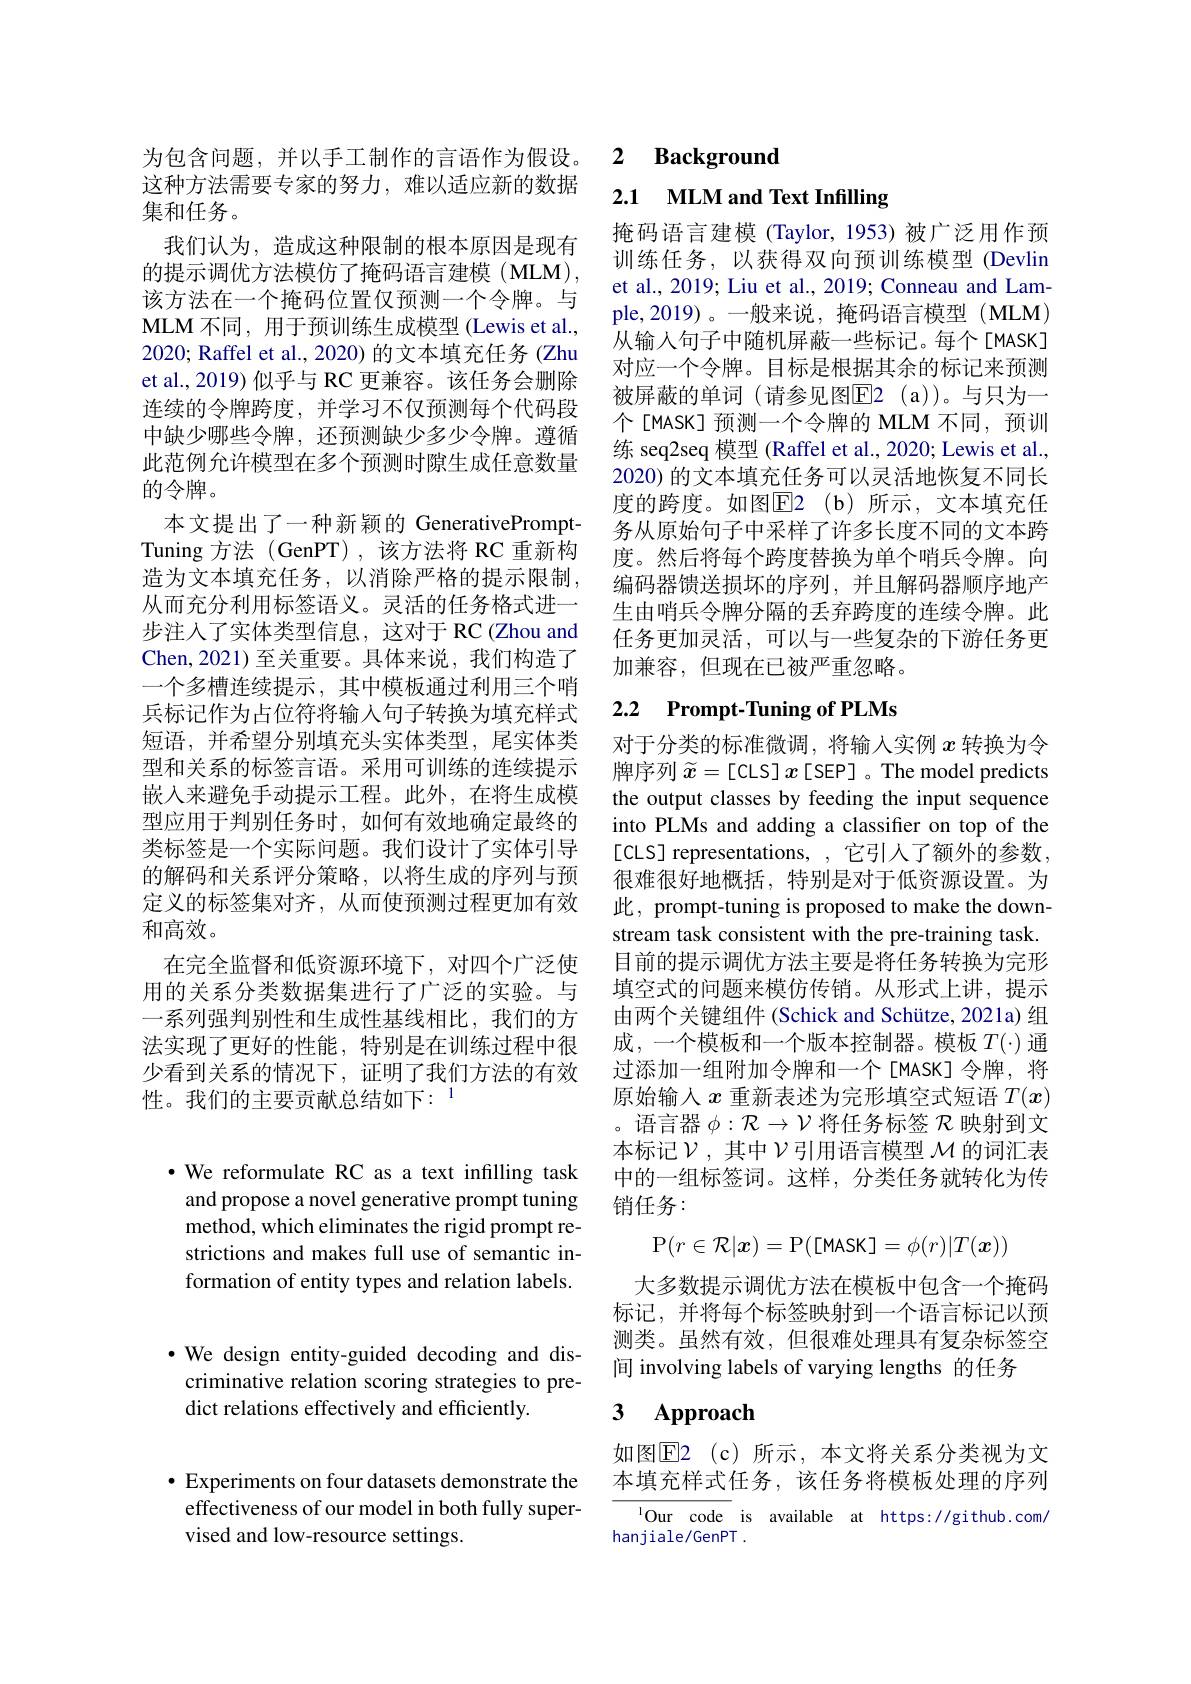
这种方法需要专家的努力，难以适应新的数据
集和任务。
我们认为，造成这种限制的根本原因是现有的提示调优方法模仿了掩码语言建模(MLM), 该方法在一个掩码位置仅预测一个令牌。与MLM 不同，用于预训练生成模型 (Lewis et al., 2020; Raffel et al., 2020) 的文本填充任务 (Zhu et al., 2019) 似乎与 RC 更兼容。该任务会删除连续的令牌跨度，并学习不仅预测每个代码段中缺少哪些令牌，还预测缺少多少令牌。遵循此范例允许模型在多个预测时隙生成任意数量的令牌。
本文提出了一种新颖的 GenerativePromptTuning 方法 (GenPT),该方法将 RC 重新构造为文本填充任务，以消除严格的提示限制， 从而充分利用标签语义。灵活的任务格式进一步注人了实体类型信息，这对于 RC (Zhou and Chen,2021) 至关重要。具体来说，我们构造了一个多槽连续提示，其中模板通过利用三个哨兵标记作为占位符将输人句子转换为填充样式短语，并希望分别填充头实体类型，尾实体类型和关系的标签言语。采用可训练的连续提示嵌入来避免手动提示工程。此外，在将生成模型应用于判别任务时，如何有效地确定最终的类标签是一个实际问题。我们设计了实体引导的解码和关系评分策略，以将生成的序列与预定义的标签集对齐，从而使预测过程更加有效和高效。
在完全监督和低资源环境下，对四个广泛使用的关系分类数据集进行了广泛的实验。与一系列强判别性和生成性基线相比，我们的方法实现了更好的性能，特别是在训练过程中很少看到关系的情况下，证明了我们方法的有效性。我们的主要贡献总结如下：$^{1}$

$\cdot$ We reformulate RC as a text infilling task and propose a novel generative prompt tuning method, which eliminates the rigid prompt restrictions and makes full use of semantic information of entity types and relation labels.

$\bullet$ We design entity-guided decoding and discriminative relation scoring strategies to predict relations effectively and efficiently

为包含问题、并以手工制作的言语作为假设。2 Background

2.1 MLM and Text Infilling

掩码语言建模 (Taylor, 1953)被广泛用作预训练任务，以获得双向预训练模型 (Devlin et al., 2019; Liu et al., 2019; Conneau and Lample,2019)。一般来说，掩码语言模型(MLM) 从输入句子中随机屏蔽一些标记。每个[MASK] 对应一个令牌。目标是根据其余的标记来预测被屏蔽的单词(请参见图$\overline{\mathrm{E}}$2(a))。与只为一个[MASK] 预测一个令牌的 MLM 不同，预训练 seq2seq 模型 (Raffel et al., 2020; Lewis et al. 2020) 的文本填充任务可以灵活地恢复不同长度的跨度。如图E2(b)所示，文本填充任务从原始句子中采样了许多长度不同的文本跨度。然后将每个跨度替换为单个哨兵令牌。向编码器馈送损坏的序列，并且解码器顺序地产生由哨兵令牌分隔的丢弃跨度的连续令牌。此任务更加灵活，可以与一些复杂的下游任务更加兼容，但现在已被严重忽略。

## 2.2 Prompt-Tuning of PLMs

对于分类的标准微调，将输入实例$x$转换为令牌序列$\widetilde{x}=[$CLS] $x$ [SEP] 。The model predicts the output classes by feeding the input sequence into PLMs and adding a classifier on top of the [CLS] representations, ,它引入了额外的参数， 很难很好地概括，特别是对于低资源设置。为此，prompt-tuning is proposed to make the downstream task consistent with the pre-training task. 目前的提示调优方法主要是将任务转换为完形填空式的问题来模仿传销。从形式上讲，提示由两个关键组件 (Schick and Schütze, 2021a) 组成，一个模板和一个版本控制器。模板$T(\cdot)$通过添加一组附加令牌和一个[MASK]令牌，将原始输入$x$重新表述为完形填空式短语$T(x)$ 。语言器$\phi:\mathcal{R}\to\mathcal{V}$将任务标签$\mathcal{R}$映射到文本标记$\mathcal{V}$,其中$\mathcal{V}$引用语言模型 $\mathcal{M}$ 的词汇表中的一组标签词。这样，分类任务就转化为传销任务：
$$\mathrm{P}(r\in\mathcal{R}|\boldsymbol{x})=\mathrm{P}([\mathrm{MASK}]=\phi(r)|T(\boldsymbol{x}))$$
大多数提示调优方法在模板中包含一个掩码标记，并将每个标签映射到一个语言标记以预测类。虽然有效，但很难处理具有复杂标签空间 involving labels of varying lengths 的任务

### 3 Approach

如图$\overline{\mathrm{E}}$2(c)所示，本文将关系分类视为文本填充样式任务，该任务将模板处理的序列

$^{1}$Our code is available at https://github.com/
hanjiale/GenPT $hanjiale/GenPT$

$\bullet$ Experiments on four datasets demonstrate the effectiveness of our model in both fully supervised and low-resource settings